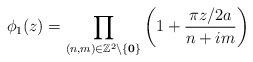
LaTeX: \begin{align*}\phi_{1}(z)=\prod_{(n,m)\in \mathbb{Z}^{2}\setminus \lbrace\textbf{0}\rbrace}\left( 1+\dfrac{\pi z/2a}{n+im}\right) \end{align*}